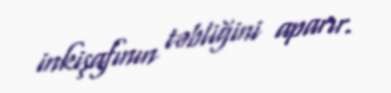
inkişafının təbliğini aparır.